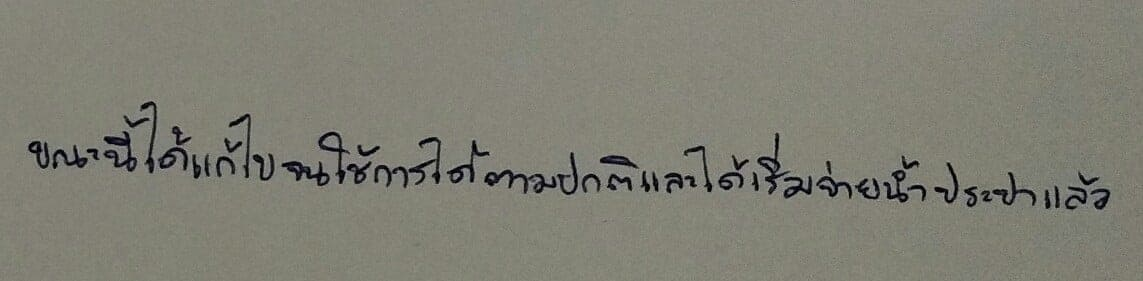
ขณะนี้ได้แก้ไขจนใช้การได้ตามปกติและได้เริ่มจ่ายน้ำประปาแล้ว